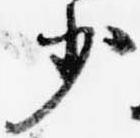
少